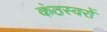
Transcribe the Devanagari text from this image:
कंठस्वरों